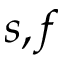
s , f